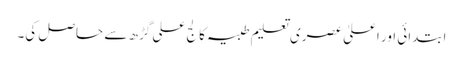
ابتدائی اور اعلیٰ عصری تعلیم طبیہ کالج علی گڑھ سے حاصل کی۔